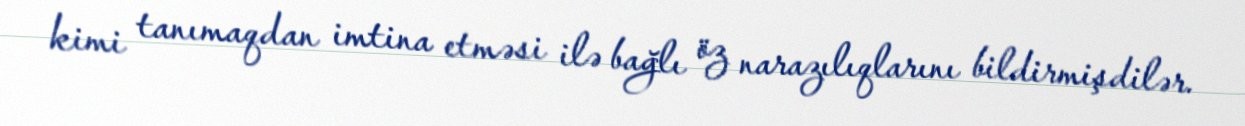
kimi tanımaqdan imtina etməsi ilə bağlı öz narazılıqlarını bildirmişdilər.